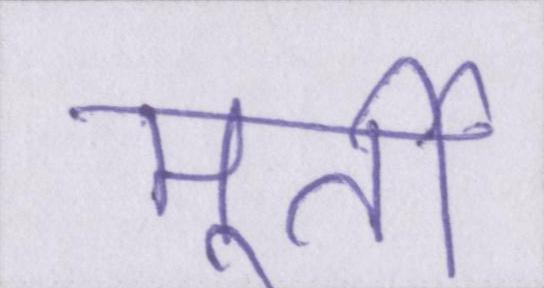
मूर्ती